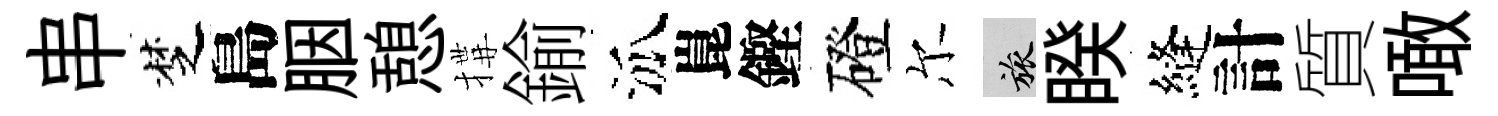
串椘島胭憩搆鍮泒崑鏗磴尔旅睽縫計質噉